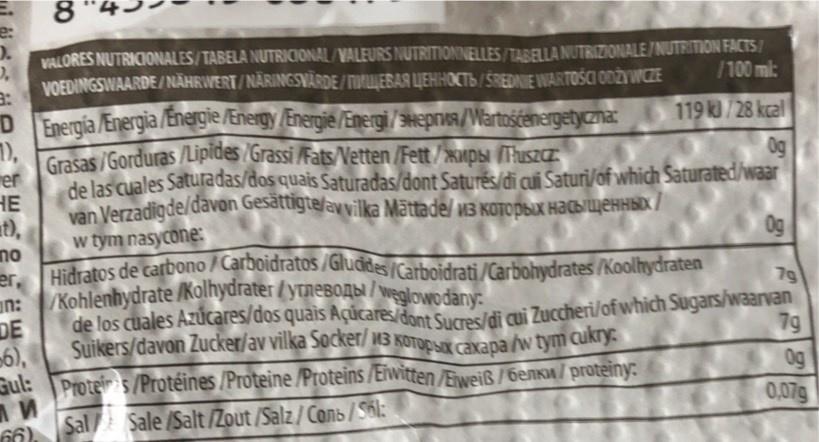
Suikers/davon Zucker/av vilka Socker/ w3 KOTOPSX caxapa /w tym cukry:
8.
e:
VALORES NUTRICIONALES/TABELA NUTRICIONAL/VALEURS NUTRITIONNELLES/TARELLA NUTRIZIONALE/NUTRITION FACTS/ VOEDINGSWAARDE/NÄHRWERT/NÄRINGSVÄRDE/TLEBAR LIEHHOCTB/ŚREDNIE WARTOŚCI ODŽYWCZE
/100 ml:
Energia /Energia /Energie /Energy/Energie/Energi/SHepnos/Wartośćenergetycna:
119 k/28 kcal
7), Grasas /Gorduras /Lipides /Grassi /Fats/Vetten /Fett/xupsi Tuszcz rer de las cuales Satutadas/dos quais Saturadas/dont Saturés/di cui Saturi/of which Saturated/waar HE van Verzadigde/đavon Gesattigte/av vilka Mättade/ w3 KOTODBUX HACBIWEHHBD / w tym nasycone: at), no Hidratos de carbono / Carboidratos / Gludides /Carboidrati /Carbohydrates /Koolhydraten
0g
0g
7g
n: Kohlenhydrate /Kolhydrater / ytnEBOABI / weglowodany: de los cuales Azúcares/dos quais Açúcares/dont Sums/di gi Zuccheri/of which Sugars/waarvan
DE -6),
Suikers/davon Zucker/av vilka Socker/ 3 KOTOPSIX Caxapa /w tym cukry:
7g
0g 0,07g
Gul: Proters/Protéines /Proteine /Proteins /Eiwitten /Eiweiß /6enKu / proteiny:
66).
Sal Sale /Salt /Zout /Salz / Conb /Sol: